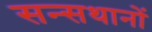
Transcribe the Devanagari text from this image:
सन्सथानों